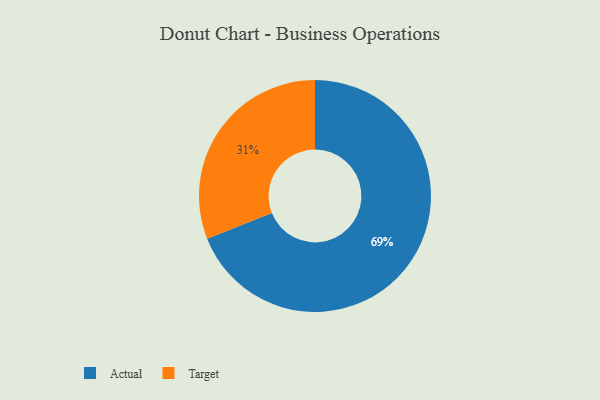
{"axis": {"x": "Category", "y": "Percentage"}, "legend": ["Actual", "Target"], "data": [{"x": "Actual", "y": 69, "type": "Actual"}, {"x": "Target", "y": 31, "type": "Target"}]}